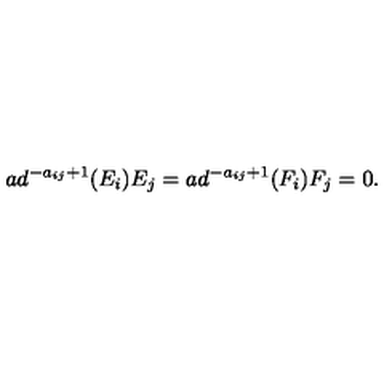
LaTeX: a d ^ { - a _ { i j } + 1 } ( E _ { i } ) E _ { j } = a d ^ { - a _ { i j } + 1 } ( F _ { i } ) F _ { j } = 0 .